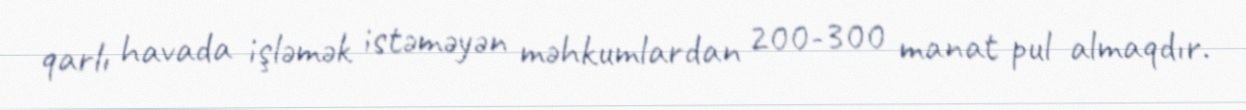
qarlı havada işləmək istəməyən məhkumlardan 200-300 manat pul almaqdır.